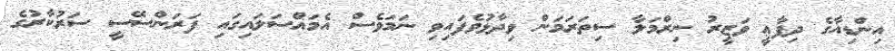
އިންޑިއާގެ ދިފާޢީ ވަޒީރު ނިރްމަލާ ސިތަރަމަން ވިދާޅުވެފައިވި ނަމަވެސް އެމައްސަލައިގައި ފަރަންސޭސީ ސަރުކާރުގެ